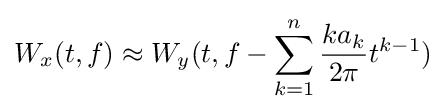
W_{x}(t,f)\approx W_{y}(t,f-\sum \limits _{k=1}^{n}{\frac {ka_{k}}{2\pi }}t^{k-1})